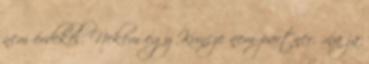
nem érdekel. Nekem egy Kuncze nem partner. „na ja